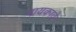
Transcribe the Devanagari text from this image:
नायकावे